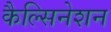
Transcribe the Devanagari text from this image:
कैल्सिनेशन